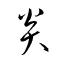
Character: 炎